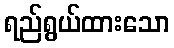
ရည်ရွယ်ထားသော